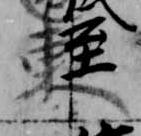
東